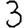
Digit: 3